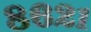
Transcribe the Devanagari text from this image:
८६२१